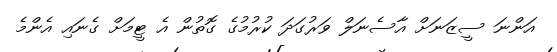
އަންނަ ސީޒަނަށް އާސެނަލް ވަރުގަދަ ކުރުމުގެ ގޮތުން އެ ޓީމަށް ގެނައި އެންމެ